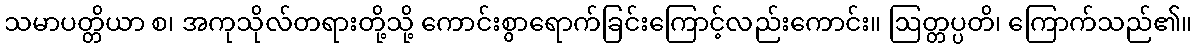
သမာပတ္တိယာ စ၊ အကုသိုလ်တရားတို့သို့ ကောင်းစွာရောက်ခြင်းကြောင့်လည်းကောင်း။ ဩတ္တပ္ပတိ၊ ကြောက်သည်၏။